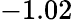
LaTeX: -1.02